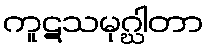
ကူဋသမုဂ္ဃါတာ